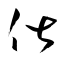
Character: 俶